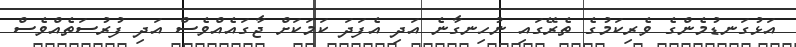
އަޅުގަނޑުމެންގެ ވެރިކަމުގެ ތެރޭގައި ނުހިނގާނެ އަދި އެފަދަ ކަމަކަށް ޖާގައެއްވެސް އަދި ފުރުސަތެއްވެސް